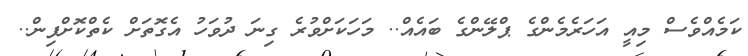
ކަމެއްވެސް މިއީ އަހަރެމެންގެ ޕްލޭންގެ ބައެއް.. މަހަކަށްވުރެ ގިނަ ދުވަހު އެގޮތަށް ކެތްކޮށްފިން..